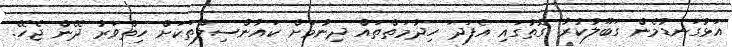
އަޅުގަނޑުމެން ގަބޫލުކުރާ ގޮތުގައި އެފަދަ ހިދުމަތްތައް ދިނުމަށް ކައުންސިލްތަކަށް ހިތްވަރު ދޭން ޖެހޭ.